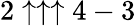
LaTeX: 2\uparrow\uparrow\uparrow 4-3